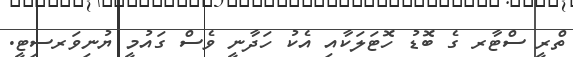
ތްރީ ސްޓާރ ގެ ބޮޑު ހޮޓަލަކާއި އެކު ހަދާނީ ވެސް ގައުމީ ޔުނިވަރސިޓީ.